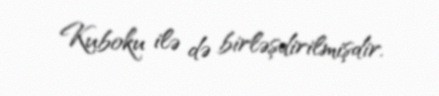
Kuboku ilə də birləşdirilmişdir.